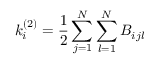
k _ { i } ^ { ( 2 ) } = \frac { 1 } { 2 } \sum _ { j = 1 } ^ { N } \sum _ { l = 1 } ^ { N } B _ { i j l }